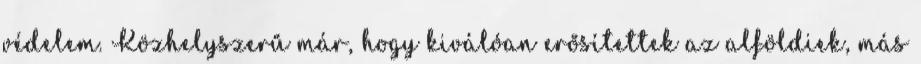
védelem. Közhelyszerű már, hogy kiválóan erősítettek az alföldiek, más